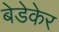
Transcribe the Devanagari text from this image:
बेडेकेर